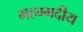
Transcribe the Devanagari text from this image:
महम्मदीय